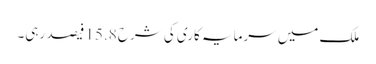
ملک میں سرمایہ کاری کی شرح 15.8 فیصد رہی۔